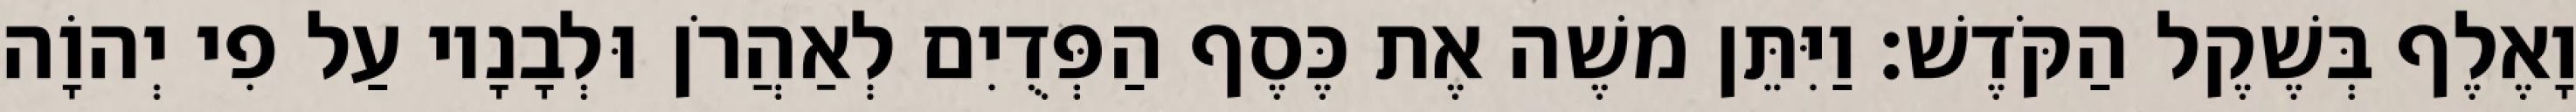
וָאֶלֶף בְּשֶׁקֶל הַקֹּדֶשׁ׃ וַיִּתֵּן משֶׁה אֶת כֶּסֶף הַפְּדֻיִם לְאַהֲרֹן וּלְבָנָיו עַל פִי יְהוָֹה